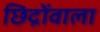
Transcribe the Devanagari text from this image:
छिद्रोंवाला